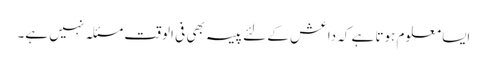
ایسا معلوم ہوتا ہے کہ داعش کے لئے پیسہ بھی فی الوقت مسئلہ نہیں ہے۔